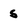
Character: 5